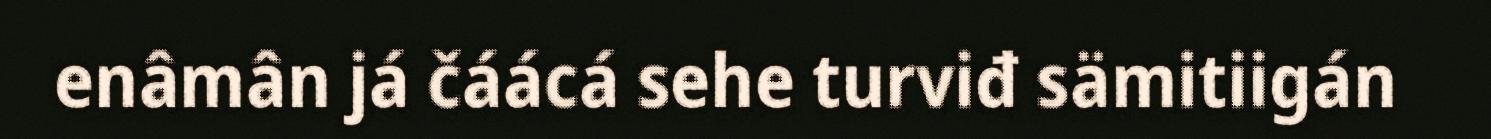
enâmân já čáácá sehe turviđ sämitiigán